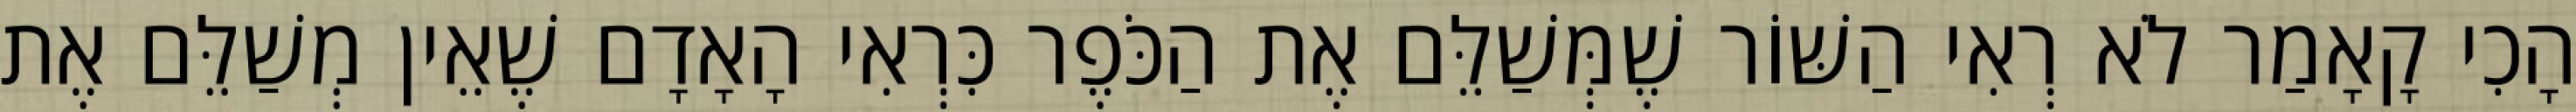
הָכִי קָאָמַר לֹא רְאִי הַשּׁוֹר שֶׁמְּשַׁלֵּם אֶת הַכֹּפֶר כִּרְאִי הָאָדָם שֶׁאֵין מְשַׁלֵּם אֶת